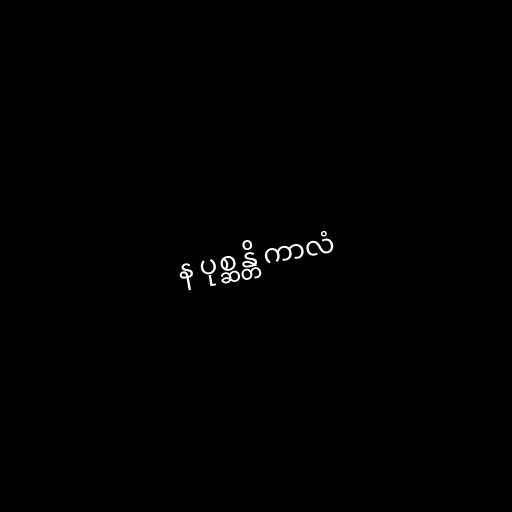
န ပုစ္ဆန္တိ ကာလံ